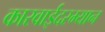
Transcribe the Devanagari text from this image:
कारवाईदरम्यान